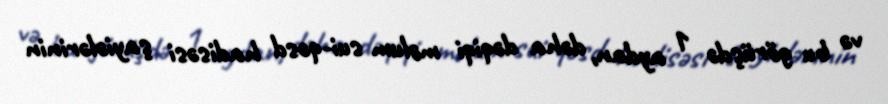
və bu görüşdə 1 aydan, dəha dəqiqi məlum sui-qəsd hadisəsi şayiələrinin